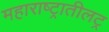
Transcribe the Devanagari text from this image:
महाराष्ट्रातीलट्र